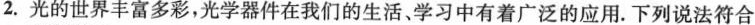
2.光的世界丰富多彩，光学器件在我们的生活，学习中有着广泛的应用。下列说法符合